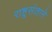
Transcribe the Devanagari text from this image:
राष्ट्रसंताने